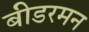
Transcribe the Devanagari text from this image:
बीडरमन